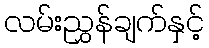
လမ်းညွှန်ချက်နှင့်